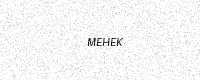
Text: MEHEK